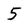
Character: 5